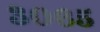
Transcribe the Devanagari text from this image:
३०६५